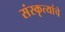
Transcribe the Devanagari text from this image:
संस्कृत्यांचे